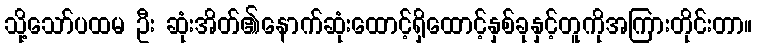
သို့သော်ပထမ ဦး ဆုံးအိတ်၏နောက်ဆုံးထောင့်ရှိထောင့်နှစ်ခုနှင့်တူကိုအကြားတိုင်းတာ။